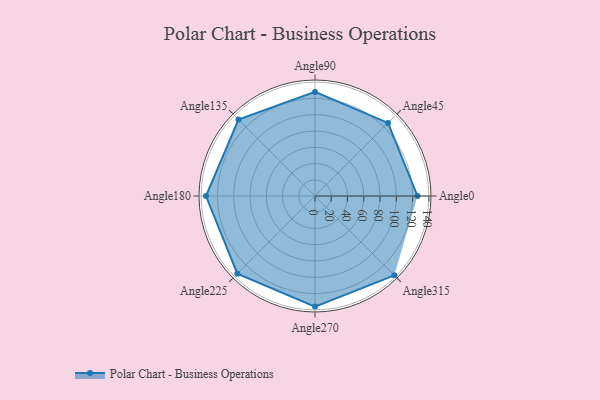
{"axis": {"x": "Angle", "y": "Radius"}, "legend": [""], "data": [{"x": "Angle0", "y": 126.0, "type": ""}, {"x": "Angle45", "y": 127.0, "type": ""}, {"x": "Angle90", "y": 128.0, "type": ""}, {"x": "Angle135", "y": 133.0, "type": ""}, {"x": "Angle180", "y": 134.0, "type": ""}, {"x": "Angle225", "y": 135.0, "type": ""}, {"x": "Angle270", "y": 136.0, "type": ""}, {"x": "Angle315", "y": 138.0, "type": ""}]}